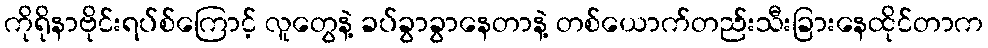
ကိုရိုနာဗိုင်းရပ်စ်ကြောင့် လူတွေနဲ့ ခပ်ခွာခွာနေတာနဲ့ တစ်ယောက်တည်းသီးခြားနေထိုင်တာက